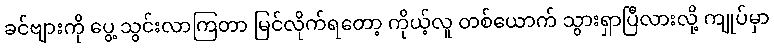
ခင်ဗျားကို ပွေ့ သွင်းလာကြတာ မြင်လိုက်ရတော့ ကိုယ့်လူ တစ်ယောက် သွားရှာပြီလားလို့ ကျုပ်မှာ